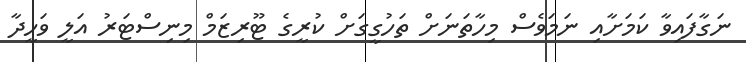
ނަގާފައިވާ ކަމަށާއި ނަމަވެސް މިހާތަނަށް ތަހުގީގަށް ކުރީގެ ޓޫރިޒަމް މިނިސްޓަރު އަލީ ވަހީދާ